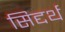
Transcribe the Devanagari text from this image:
सिद्दर्थ